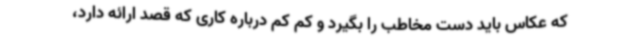
که عکاس باید دست مخاطب را بگیرد و کم کم درباره کاری که قصد ارائه دارد،